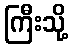
ကြီးသို့